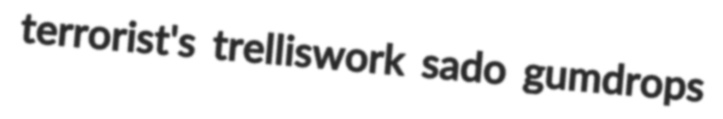
terrorist's trelliswork sado gumdrops